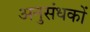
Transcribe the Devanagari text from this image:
अनुसंधकों